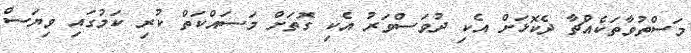
މަސްތުވާތަކެއްޗާ ދެކޮޅަށް އެކި ދުވަސްވަރު އެކި ގޮތަށް މަސައްކަތް ކުރި ކަމުގައި ވިޔަސް